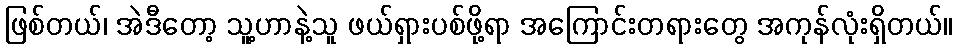
ဖြစ်တယ်၊ အဲဒီတော့ သူ့ဟာနဲ့သူ ဖယ်ရှားပစ်ဖို့ရာ အကြောင်းတရားတွေ အကုန်လုံးရှိတယ်။